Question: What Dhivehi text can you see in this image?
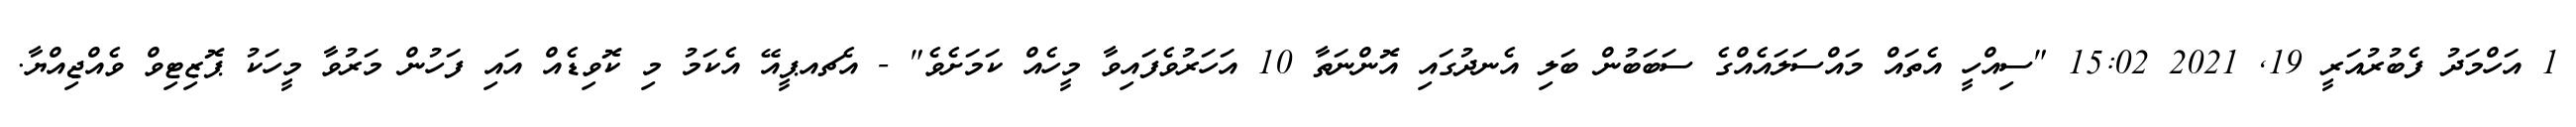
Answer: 1 އަހްމަދު ފެބުރުއަރީ 19, 2021 15:02 "ސިއްހީ އެތައް މައްސަލައެއްގެ ސަބަބުން ބަލި އެނދުގައި އޮންނަތާ 10 އަހަރުވެފައިވާ މީހެއް ކަމަށެވެ" - އެޗއޕީއޭ އެކަމު މި ކޮވިޑެއް އައި ފަހުން މަރުވާ މީހަކު ޕޮޒިޓިވް ވެއްޖިއްޔާ.